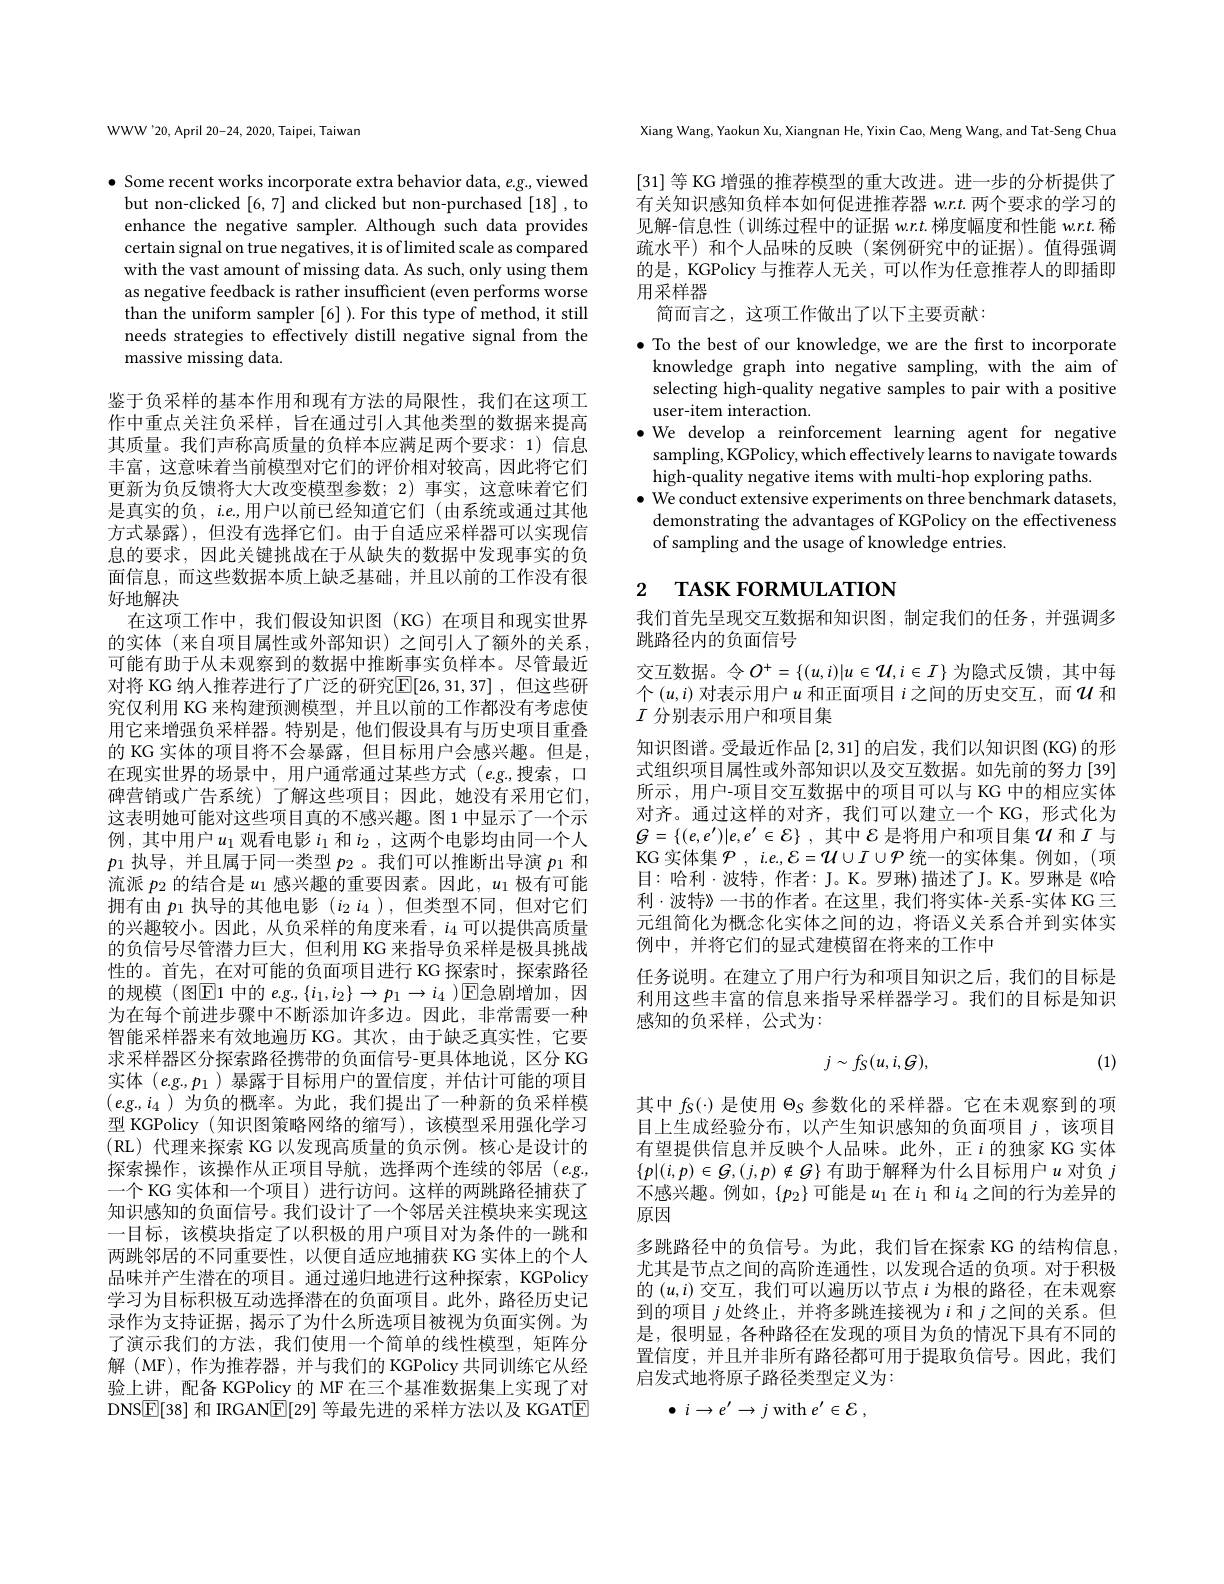
WWW'20, April 20-24, 2020, Taipei, Taiwan

$\bullet$ Some recent works incorporate extra behavior data, $e.g.$,viewed but non-clicked [6,7] and clicked but non-purchased [18] , to enhance the negative sampler. Although such data provides certain signal on true negatives, it is of limited scale as compared with the vast amount of missing data. As such, only using them as negative feedback is rather insufficient (even performs worse than the uniform sampler [6] ). For this type of method, it still needs strategies to effectively distill negative signal from the massive missing data.

鉴于负采样的基本作用和现有方法的局限性，我们在这项工作中重点关注负采样，旨在通过引人其他类型的数据来提高其质量。我们声称高质量的负样本应满足两个要求：1)信息丰富，这意味着当前模型对它们的评价相对较高，因此将它们更新为负反馈将大大改变模型参数；2) 事实，这意味着它们是真实的负，$i.e.$,用户以前已经知道它们(由系统或通过其他方式暴露),但没有选择它们。由于自适应采样器可以实现信息的要求，因此关键挑战在于从缺失的数据中发现事实的负面信息，而这些数据本质上缺乏基础，并且以前的工作没有很好地解决
在这项工作中，我们假设知识图(KG)在项目和现实世界的实体(来自项目属性或外部知识)之间引人了额外的关系， 可能有助于从未观察到的数据中推断事实负样本。尽管最近对将 KG 纳人推荐进行了广泛的研究$\mathbb{E}[26,31,37]$ ,但这些研究仅利用 KG 来构建预测模型，并且以前的工作都没有考虑使用它来增强负采样器。特别是，他们假设具有与历史项目重叠的 KG 实体的项目将不会暴露，但目标用户会感兴趣。但是， 在现实世界的场景中，用户通常通过某些方式(e.g.,搜索，口碑营销或广告系统)了解这些项目；因此，她没有采用它们， 这表明她可能对这些项目真的不感兴趣。图 1 中显示了一个示例，其中用户$u_1$观看电影$i_1$和$i_2$,这两个电影均由同一个人$p_1$执导，并且属于同一类型$p_2$ 。我们可以推断出导演$p_1$和流派$p_2$的结合是$u_1$感兴趣的重要因素。因此，$u_1$极有可能拥有由$p_1$执导的其他电影$(i_2i_4)$,但类型不同，但对它们的兴趣较小。因此，从负采样的角度来看，$i_4$可以提供高质量的负信号尽管潜力巨大，但利用 KG 来指导负采样是极具挑战性的。首先，在对可能的负面项目进行 KG 探索时，探索路径的规模 (图$\mathbb{E}$1 中的 $e.g.,\{i_1,i_2\}\to p_1\to i_4$ )$\mathbb{E}$急剧增加，因为在每个前进步骤中不断添加许多边。因此，非常需要一种智能采样器来有效地遍历 KG。其次，由于缺乏真实性，它要求采样器区分探索路径携带的负面信号-更具体地说，区分 KG 实体$(e.g.,p_1)$暴露于目标用户的置信度，并估计可能的项目$(e.g.,i_4)$为负的概率。为此，我们提出了一种新的负采样模型 KGPolicy (知识图策略网络的缩写),该模型采用强化学习(RL)代理来探索 KG 以发现高质量的负示例。核心是设计的探索操作，该操作从正项目导航，选择两个连续的邻居(e.g. 一个 KG 实体和一个项目)进行访问。这样的两跳路径捕获了知识感知的负面信号。我们设计了一个邻居关注模块来实现这一目标，该模块指定了以积极的用户项目对为条件的一跳和两跳邻居的不同重要性，以便自适应地捕获 KG 实体上的个人品味并产生潜在的项目。通过递归地进行这种探索，KGPolicy 学习为目标积极互动选择潜在的负面项目。此外，路径历史记录作为支持证据，揭示了为什么所选项目被视为负面实例。为了演示我们的方法，我们使用一个简单的线性模型，矩阵分解 (MF), 作为推荐器，并与我们的 KGPolicy 共同训练它从经验上讲，配备 KGPolicy 的 MF 在三个基准数据集上实现了对DNS$\boxed[38]$和 IRGAN$\boxed{\mathrm{E}}[29]$等最先进的采样方法以及 KGATE

Xiang Wang, Yaokun Xu, Xiangnan He, Yixin Cao, Meng Wang, and Tat-Seng Chua

[31] 等 KG 增强的推荐模型的重大改进。进一步的分析提供了有关知识感知负样本如何促进推荐器$wr.t.$两个要求的学习的见解-信息性(训练过程中的证据 w.r.t.梯度幅度和性能 w.r.t.稀疏水平) 和个人品味的反映(案例研究中的证据)。值得强调的是，KGPolicy 与推荐人无关，可以作为任意推荐人的即插即用采样器
简而言之，这项工作做出了以下主要贡献：

$\bullet$ To the best of our knowledge, we are the frst to incorporate
knowledge graph into negative sampling, with the aim of selecting high-quality negative samples to pair with a positive user-item interaction.
$\bullet$ We develop a reinforcement learning agent for negative
sampling, KGPolicy, which effectively learns to navigate towards
high-quality negative items with multi-hop exploring paths.
$\bullet$ We conduct extensive experiments on three benchmark datasets,
demonstrating the advantages of KGPolicy on the effectiveness
of sampling and the usage of knowledge entries.

# 2 ТАSК FORMULATION

我们首先呈现交互数据和知识图，制定我们的任务，并强调多
跳路径内的负面信号
交互数据。令$O^+=\{(u,i)|u\in\mathcal{U},i\in I\}$ 为隐式反馈，其中每个$\left(u,i\right)$对表示用户$u$ 和正面项目$i$之间的历史交互，而$u$ 和$I$分别表示用户和项目集
知识图谱。受最近作品[2,31]的启发，我们以知识图 (KG) 的形式组织项目属性或外部知识以及交互数据。如先前的努力[39] 所示，用户-项目交互数据中的项目可以与 KG 中的相应实体对齐。通过这样的对齐，我们可以建立一个 KG,形式化为$G= \{ ( e, e^{\prime }) | e, e^{\prime }\in \mathcal{E} \}$ , 其中$\mathcal{E}$ 是将用户和项目集$\mathcal{U}$ 和$I$ 与KG 实体集$\mathcal{P},i.e.,\mathcal{E}=\mathcal{U}\cup I\cup\mathcal{P}$统一的实体集。例如，(项目：哈利·波特，作者：J。K。罗琳)描述了J。K。罗琳是《哈利·波特》一书的作者。在这里，我们将实体-关系-实体 KG 三元组简化为概念化实体之间的边，将语义关系合并到实体实例中，并将它们的显式建模留在将来的工作中
任务说明。在建立了用户行为和项目知识之后，我们的目标是利用这些丰富的信息来指导采样器学习。我们的目标是知识感知的负采样，公式为：
$$j\sim f_S(u,i,\mathcal{G}),$$
(1)

其中$f_S(\cdot)$是使用$\Theta_\mathrm{S}$参数化的采样器。它在未观察到的项目上生成经验分布，以产生知识感知的负面项目$j$,该项目有望提供信息并反映个人品味。此外，正$i$的独家 KG 实体$\{p|(i,p)\in G,(j,p)\notin G\}$有助于解释为什么目标用户$u$对负$j$ 不感兴趣。例如，$\{p_2\}$可能是$u_1$在$i_1$和$i_4$之间的行为差异的原因
多跳路径中的负信号。为此，我们旨在探索 KG 的结构信息， 尤其是节点之间的高阶连通性，以发现合适的负项。对于积极的$(u,i)$交互，我们可以遍历以节点$i$为根的路径，在未观察到的项目$j$处终止，并将多跳连接视为$i$和$j$之间的关系。但是，很明显，各种路径在发现的项目为负的情况下具有不同的置信度，并且并非所有路径都可用于提取负信号。因此，我们启发式地将原子路径类型定义为：
$$i\to e'\to j\:\mathrm{with}\:e'\in\mathcal{E}\:,$$